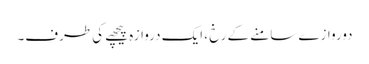
دوروازے سامنے کے رخ ، ایک دروازہ پیچھے کی طرف۔